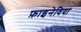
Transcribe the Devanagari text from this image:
फ़ाइनेविया